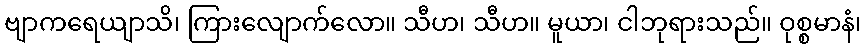
ဗျာကရေယျာသိ၊ ကြားလျောက်လော။ သီဟ၊ သီဟ။ မူယာ၊ ငါဘုရားသည်။ ဝုစ္စမာနံ၊